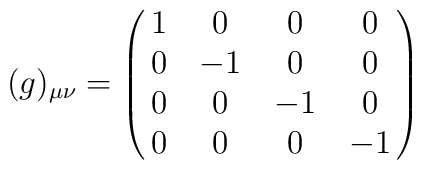
(g)_{\mu\nu}=\pmatrix{1&0&0&0\cr0&-1&0&0\cr0&0&-1&0\cr0&0&0&-1\cr}